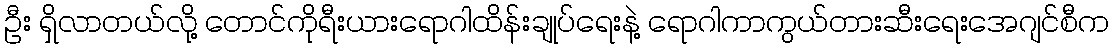
ဦး ရှိလာတယ်လို့ တောင်ကိုရီးယားရောဂါထိန်းချုပ်ရေးနဲ့ ရောဂါကာကွယ်တားဆီးရေးအေဂျင်စီက